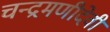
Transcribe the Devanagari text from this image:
चन्द्रमणीदेवी